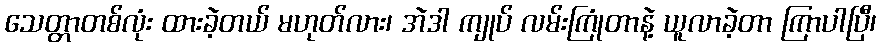
သေတ္တာတစ်လုံး ထားခဲ့တယ် မဟုတ်လား၊ အဲဒါ ကျုပ် လမ်းကြုံတာနဲ့ ယူလာခဲ့တာ ကြာပါပြီ၊